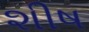
શીષ